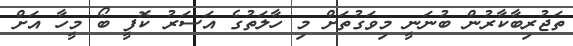
ތަޖުރިބާކާރުން ބުނަނީ މިވަގުތަށް މި ހާލަތުގެ އަސަރު ކޮފީ ބޯ މީހާ އަށް